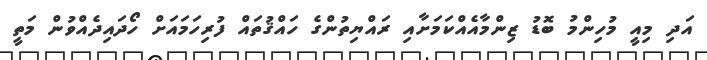
އަދި މިއީ މުހިންމު ބޮޑު ޒިންމާއެއްކަމަށާއި ރައްޔިތުންގެ ހައްޤުތައް ފުރިހަމައަށް ހޯދައިދެއްވުން މަތީ